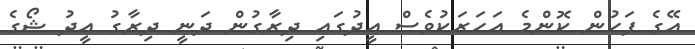
އޭގެ ފަހުން ކޮންމެ އަހަރަކުވެސް އީދުގައި ދިރާގުން ދަނީ ދިރާގު އީދު ޝޯގެ